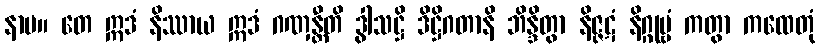
နာမ။ တေ ဣဒံ နိဿာယ ဣဒံ ဂဏှန္တီတိ ဒွါသဋ္ဌိ ဒိဋ္ဌိဂတာနိ ဘိန္ဒိတွာ နိဇ္ဇဋံ နိဂ္ဂုမ္ဗံ ကတွာ ကထေတုံ